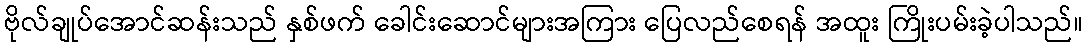
ဗိုလ်ချုပ်အောင်ဆန်းသည် နှစ်ဖက် ခေါင်းဆောင်များအကြား ပြေလည်စေရန် အထူး ကြိုးပမ်းခဲ့ပါသည်။